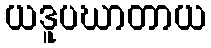
ယဒူပဃာတာယ